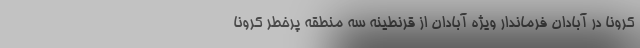
کرونا در آبادان فرماندار ویژه آبادان از قرنطینه سه منطقه پرخطر کرونا